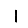
Digit: 1